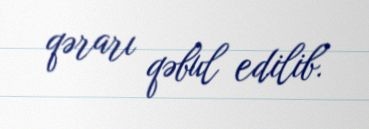
qərarı qəbul edilib.